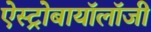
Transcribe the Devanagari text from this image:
ऐस्ट्रोबायॉलॉजी